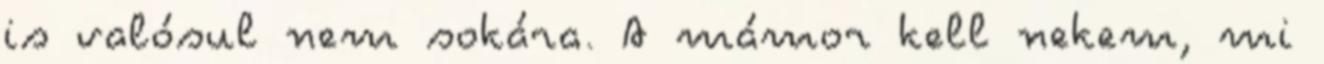
is valósul nem sokára. A mámor kell nekem, mi